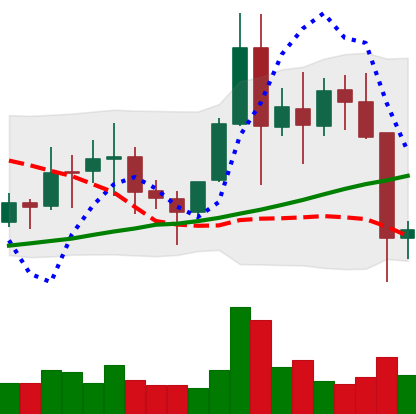
Ticker: EOS-USD
Chart end date: 2021-11-17
Forward return: -5.363%
Label: down_5_7